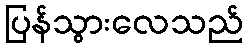
ပြန်သွားလေသည်